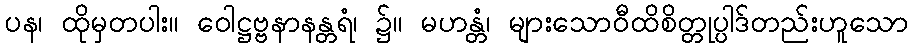
ပန၊ ထိုမှတပါး။ ဝေါဋ္ဌဗ္ဗနာနန္တရံ၊ ၌။ မဟန္တံ၊ များသောဝီထိစိတ္တုပ္ပါဒ်တည်းဟူသော